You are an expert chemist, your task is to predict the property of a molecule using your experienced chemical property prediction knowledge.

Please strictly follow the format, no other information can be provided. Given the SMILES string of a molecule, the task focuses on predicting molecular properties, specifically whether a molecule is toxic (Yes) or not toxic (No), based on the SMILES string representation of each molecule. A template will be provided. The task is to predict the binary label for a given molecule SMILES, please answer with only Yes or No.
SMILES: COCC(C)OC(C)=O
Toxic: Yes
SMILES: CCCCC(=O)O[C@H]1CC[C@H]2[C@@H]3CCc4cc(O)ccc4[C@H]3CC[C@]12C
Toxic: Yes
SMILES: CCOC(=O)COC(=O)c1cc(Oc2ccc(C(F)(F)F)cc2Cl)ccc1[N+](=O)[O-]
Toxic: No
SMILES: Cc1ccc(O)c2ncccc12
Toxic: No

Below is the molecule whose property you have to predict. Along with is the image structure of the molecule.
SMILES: O[C@H]1CO[C@@H]2[C@H](O)CO[C@H]12
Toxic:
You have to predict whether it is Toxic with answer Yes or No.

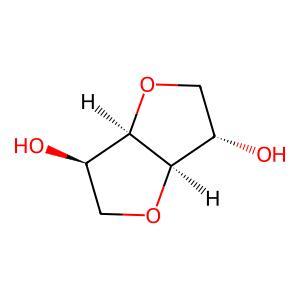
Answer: No